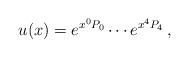
LaTeX: \begin{align*}u(x)=e^{x^{0}P_{0}}\cdots e^{x^{4}P_{4}}\, ,\end{align*}